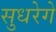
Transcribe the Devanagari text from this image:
सुधरेगे